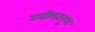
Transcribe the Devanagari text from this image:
वसीयतनुमा